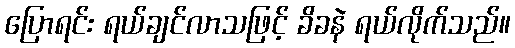
ပြောရင်း ရယ်ချင်လာသဖြင့် ခိခနဲ ရယ်လိုက်သည်။